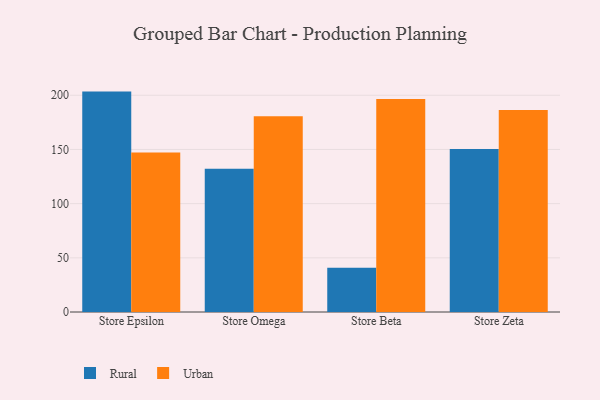
{"axis": {"x": "Store", "y": "Revenue (USD Million)"}, "legend": ["Rural", "Urban"], "data": [{"x": "Store Epsilon", "y": 203.4, "type": "Rural"}, {"x": "Store Epsilon", "y": 147.2, "type": "Urban"}, {"x": "Store Omega", "y": 132.1, "type": "Rural"}, {"x": "Store Omega", "y": 180.7, "type": "Urban"}, {"x": "Store Beta", "y": 40.9, "type": "Rural"}, {"x": "Store Beta", "y": 196.6, "type": "Urban"}, {"x": "Store Zeta", "y": 150.5, "type": "Rural"}, {"x": "Store Zeta", "y": 186.5, "type": "Urban"}]}